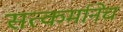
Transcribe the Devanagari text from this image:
सत्कर्मानेच